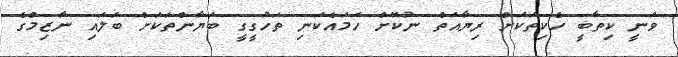
ވަނީ ކިތާބީ ހެކިތަކަށް ރިޔާއަތް ނުކޮށް ހަމައެކަނި ތަހުގީގީ ބަޔާންތަކަށް ބަލައި ނާޒިމްގެ